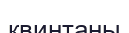
квинтаны